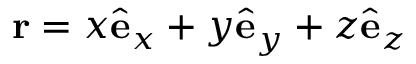
{ \bf r } = x { \hat { \bf e } } _ { x } + y { \hat { \bf e } } _ { y } + z { \hat { \bf e } } _ { z }